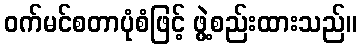
ဝက်မင်စတာပုံစံဖြင့် ဖွဲ့စည်းထားသည်။